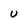
Character: U